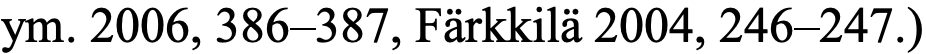
ym. 2006, 386–387, Färkkilä 2004, 246–247.)